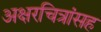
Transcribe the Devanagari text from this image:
अक्षरचित्रांसह